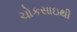
ચોકસાઇથી